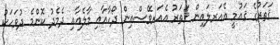
ޤަތަރުގެ ޤައުމީ އެއަރލައިން ޤަތަރު އެއަަރވޭސްއިން ދޯހާއާއި މާލެއާއި ދެމެދު ކޮންމެ ދުވަހަކު